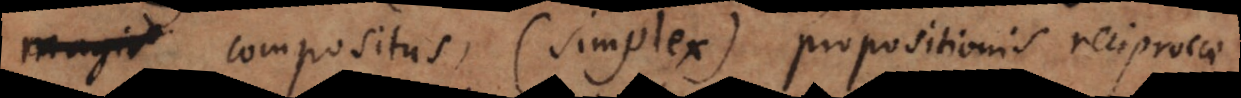
compositus (simplex) propositionis reciprocae